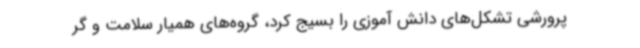
پرورشی تشکل‌های دانش آموزی را بسیج کرد، گروه‌های همیار سلامت و گر